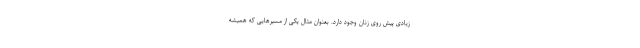
زیادی پیش روی زنان وجود دارد. بعنوان مثال یکی از مسیرهایی که همیشه